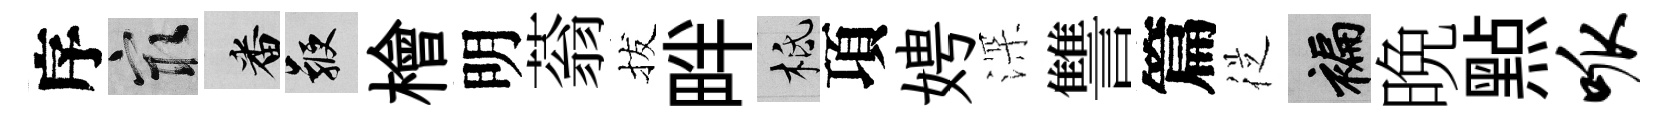
序冣番鞭檜明蓊拔畔柢項娉深讐篇従褊晩㸃呱